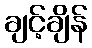
ချင့်ချိန်